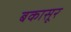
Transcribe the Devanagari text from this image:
बकासूर